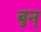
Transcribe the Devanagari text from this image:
बुन्‌